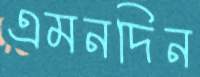
এমনদিন